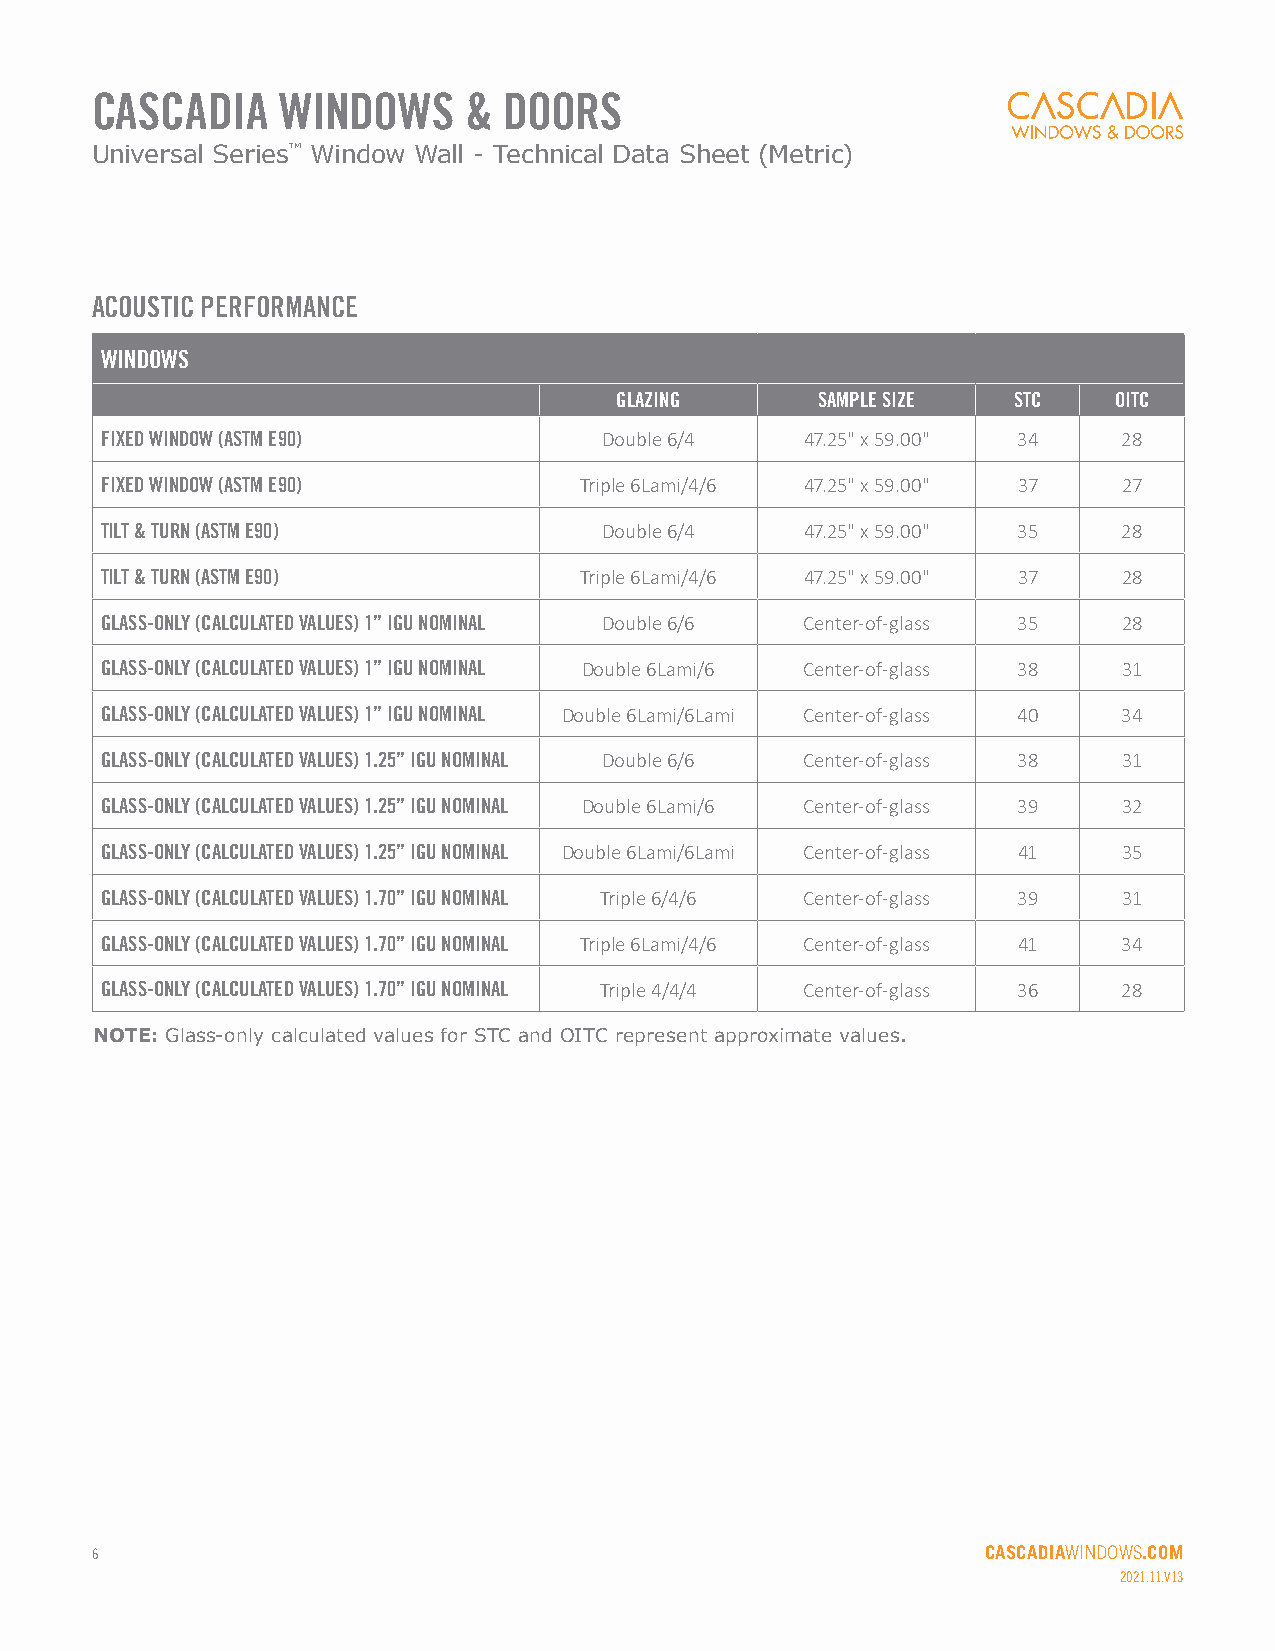
CASCADIA    WINDOWS      & DOORS
 Universal Series™ Window Wall - Technical Data Sheet (Metric)
 ACOUSTIC PERFORMANCE
 WINDOWS
 GLAZING      SAMPLE SIZE  STC    OITC
 FIXED WINDOW (ASTM E90)          Double 6/4   47.25" x 59.00" 34   28
 FIXED WINDOW (ASTM E90)        Triple 6Lami/4/6 47.25" x 59.00" 37 27
 TILT & TURN (ASTM E90)           Double 6/4   47.25" x 59.00" 35   28
 TILT & TURN (ASTM E90)         Triple 6Lami/4/6 47.25" x 59.00" 37 28
 GLASS-ONLY (CALCULATED VALUES) 1” IGU NOMINAL Double 6/6 Center-of-glass 35 28
 GLASS-ONLY (CALCULATED VALUES) 1” IGU NOMINAL Double 6Lami/6 Center-of-glass 38 31
 GLASS-ONLY (CALCULATED VALUES) 1” IGU NOMINAL Double 6Lami/6Lami Center-of-glass 40 34
 GLASS-ONLY (CALCULATED VALUES) 1.25” IGU NOMINAL Double 6/6 Center-of-glass 38 31
 GLASS-ONLY (CALCULATED VALUES) 1.25” IGU NOMINAL Double 6Lami/6 Center-of-glass 39 32
 GLASS-ONLY (CALCULATED VALUES) 1.25” IGU NOMINAL Double 6Lami/6Lami Center-of-glass 41 35
 GLASS-ONLY (CALCULATED VALUES) 1.70” IGU NOMINAL Triple 6/4/6 Center-of-glass 39 31
 GLASS-ONLY (CALCULATED VALUES) 1.70” IGU NOMINAL Triple 6Lami/4/6 Center-of-glass 41 34
 GLASS-ONLY (CALCULATED VALUES) 1.70” IGU NOMINAL Triple 4/4/4 Center-of-glass 36 28
 NOTE: Glass-only calculated values for STC and OITC represent approximate values.
 6                                                          CASCADIAWINDOWS.COM
 2021.11.V13